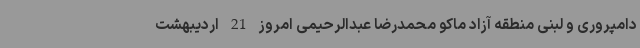
دامپروری و لبنی منطقه آزاد ماکو محمدرضا عبدالرحیمی امروز 21 اردیبهشت